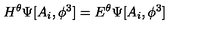
H ^ { \theta } \Psi [ A _ { i } , \phi ^ { 3 } ] = E ^ { \theta } \Psi [ A _ { i } , \phi ^ { 3 } ]